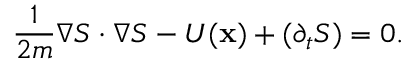
\frac { 1 } { 2 m } \boldsymbol { \nabla } S \cdot \boldsymbol { \nabla } S - U ( \mathbf { x } ) + ( \partial _ { t } S ) = 0 .